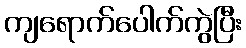
ကျရောက်ပေါက်ကွဲပြီး